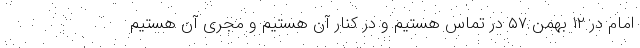
امام در ۱۲ بهمن ۵۷ در تماس هستیم و در کنار آن هستیم و مجری آن هستیم